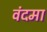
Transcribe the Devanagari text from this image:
वंदमा